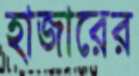
হাজারের